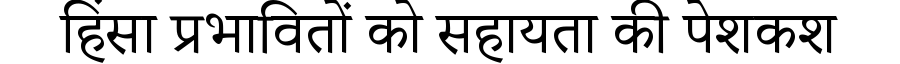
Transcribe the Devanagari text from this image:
हिंसा प्रभावितों को सहायता की पेशकश